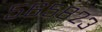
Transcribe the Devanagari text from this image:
५६५८२३